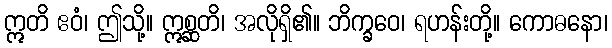
ဣတိ ဧဝံ၊ ဤသို့။ ဣစ္ဆတိ၊ အလိုရှိ၏။ ဘိက္ခဝေ၊ ရဟန်းတို့။ ကောဓနော၊